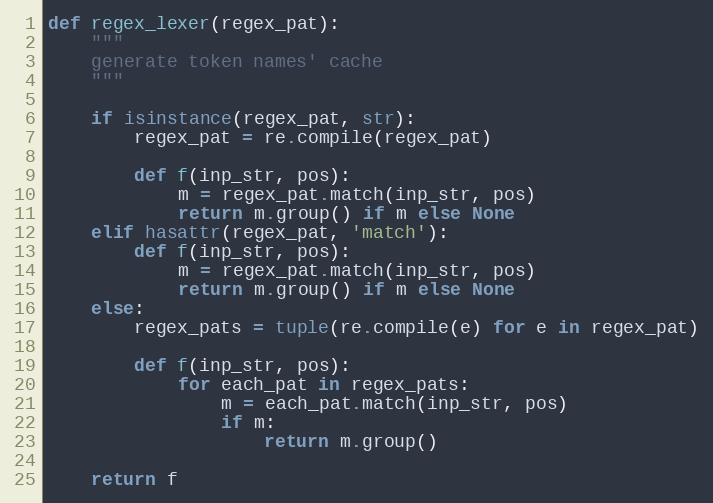
Language: Python
def regex_lexer(regex_pat):
    """
    generate token names' cache
    """

    if isinstance(regex_pat, str):
        regex_pat = re.compile(regex_pat)

        def f(inp_str, pos):
            m = regex_pat.match(inp_str, pos)
            return m.group() if m else None
    elif hasattr(regex_pat, 'match'):
        def f(inp_str, pos):
            m = regex_pat.match(inp_str, pos)
            return m.group() if m else None
    else:
        regex_pats = tuple(re.compile(e) for e in regex_pat)

        def f(inp_str, pos):
            for each_pat in regex_pats:
                m = each_pat.match(inp_str, pos)
                if m:
                    return m.group()

    return f